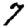
Digit: 7